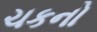
ચકનો